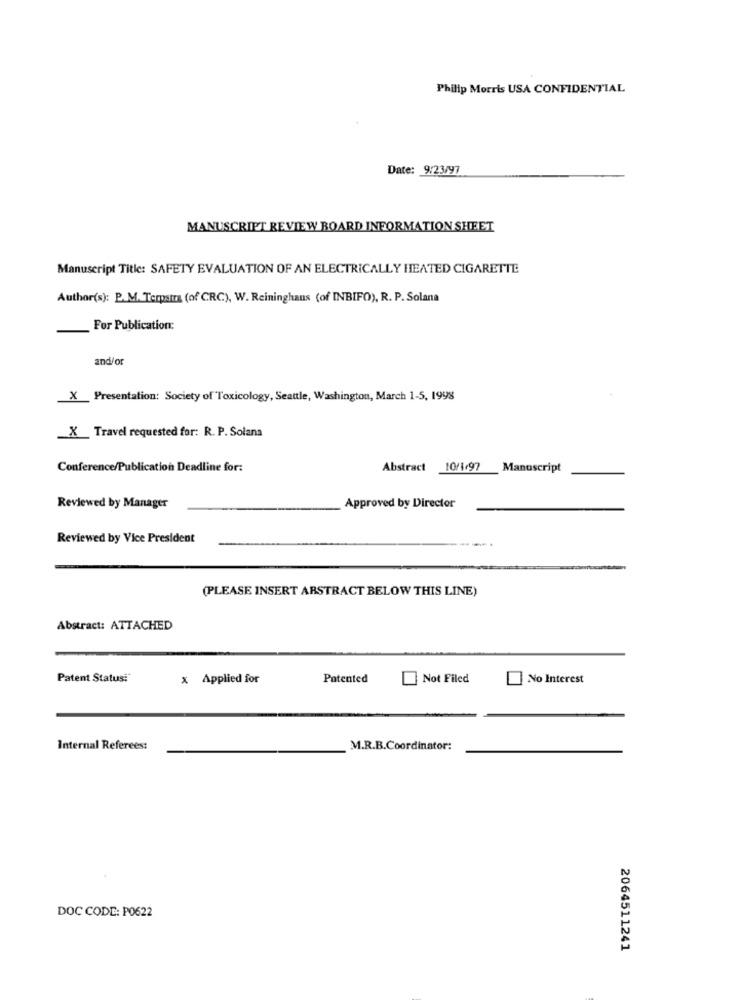
Philip Morris USA CONFIDENTIAL
Date: 9/23/97
MANUSCRIPT REVIEW BOARD INFORMATION SHEET
Manuscript Title: SAFETY EVALUATION OF AN ELECTRICALLY HEATED CIGARETTE
Author(s): P. M. Terpstra (of CRC), W. Reininghaus (of INBIFO), R. P. Solana
For Publication:
and/or
X Presentation: Society of Toxicology, Seattle, Washington, March 1-5, 1998
X_Travel requested for: R. P. Solana
Conference/Publication Deadline for:
Abstract
10/1/97 Manuscript
Reviewed by Manager
Approved by Director
Reviewed by Vice President
(PLEASE INSERT ABSTRACT BELOW THIS LINE)
Abstract: ATTACHED
Patent Status:"
x Applied for
Patented
Not Filed
No Interest
Internal Referees:
M.R.B.Coordinator:
DOC CODE: P0622
2064511241